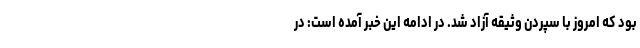
بود که امروز با سپردن وثیقه آزاد شد. در ادامه این خبر آمده است: در